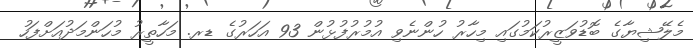
މެލޭޝިޔާގެ ބޮޑުވަޒީރުކަމުގައި މިހާރު ހުންނެވި އުމުރުފުޅުން 93 އަހަރުގެ ޑރ. މަހާތީރު މުހަންމަދުއަށްފަހު